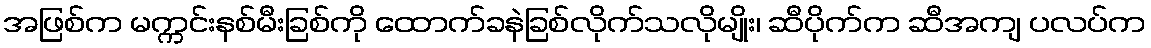
အဖြစ်က မက္ကင်းနစ်မီးခြစ်ကို ထောက်ခနဲခြစ်လိုက်သလိုမျိုး၊ ဆီပိုက်က ဆီအကျ ပလပ်က